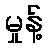
မှုန့်